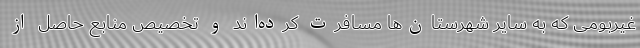
غیربومی که به سایر شهرستان‌ها مسافرت کرده‌اند و تخصیص منابع حاصل از